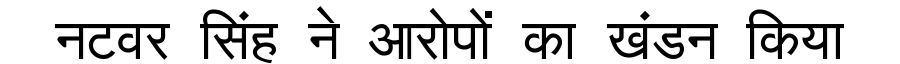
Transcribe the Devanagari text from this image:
नटवर सिंह ने आरोपों का खंडन किया